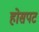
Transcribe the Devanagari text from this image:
होसपट